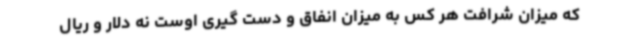
که میزان شرافت هر کس به میزان انفاق و دست گیری اوست نه دلار و ریال